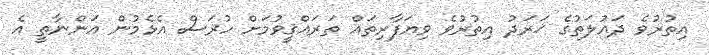
އިތުރުވެ ދައުލަތުގެ ޚަރަދު އިތުރުވެ ވިޔަފާރިތައް ތަރައްޤީވުމަށް ހުރަސް އެޅެމުން އަންނާތީ އެ